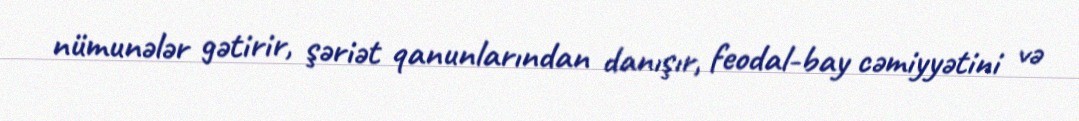
nümunələr gətirir, şəriət qanunlarından danışır, feodal-bay cəmiyyətini və